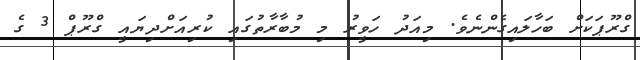
ގްރޫޕަކަށް ބަހާލައިގެންނެވެ. މިއަދު ހަވީރު މި މުބާރާތުގައި ކުރިއަށްދިޔައީ ގްރޫޕް 3 ގެ